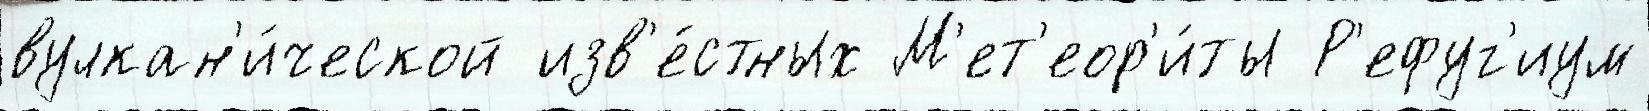
вулкан'и́ческой изв'е́стных М'ет'еор'и́ты Р'ефуг'иум